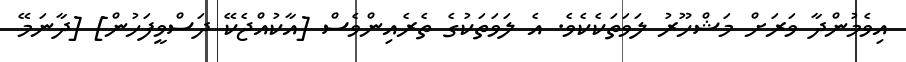
އިވެމުންދާ ވަރަށް މަޝްހޫރު ލަވަތަކެކެވެ. އެ ލަވަތަކުގެ ތެރެއިންވެސް [އާކުއްޖެކޭ ދަސްވީފަހުން] [ދާނަމޭ